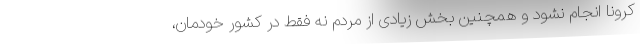
کرونا انجام نشود و همچنین بخش زیادی از مردم نه فقط در کشور خودمان،